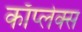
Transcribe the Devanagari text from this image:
काँप्लेक्स